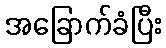
အခြောက်ခံပြီး